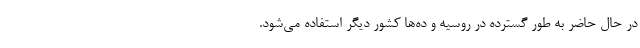
در حال حاضر به طور گسترده در روسیه و ده‌ها کشور دیگر استفاده می‌شود.